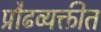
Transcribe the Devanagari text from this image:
प्रौढव्यक्तीत